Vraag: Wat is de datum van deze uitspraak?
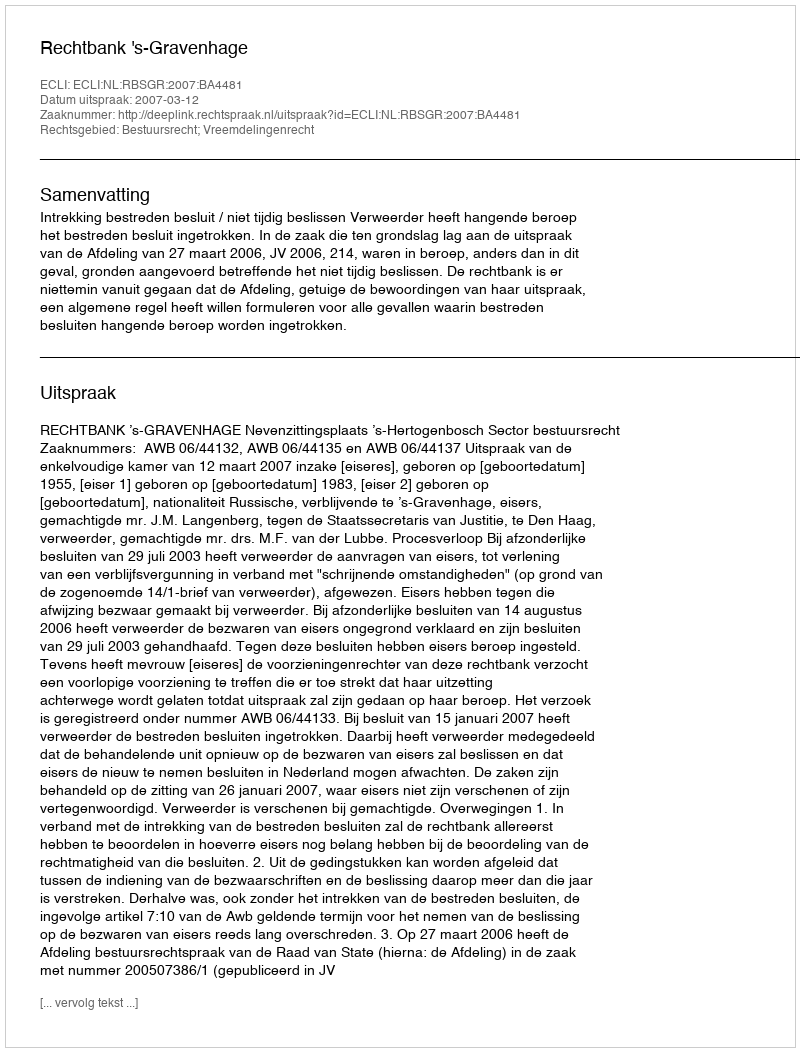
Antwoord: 2007-03-12